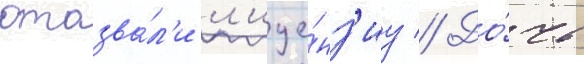
отозва́л'и л'ице́нз'иу // До́чь